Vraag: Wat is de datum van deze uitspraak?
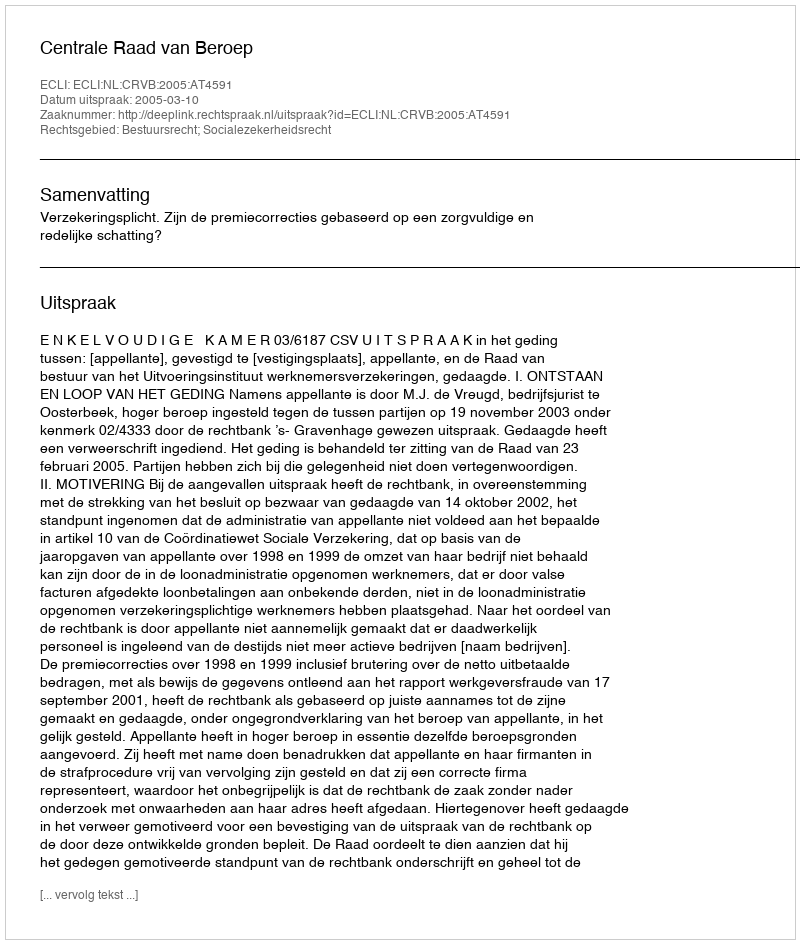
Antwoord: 2005-03-10